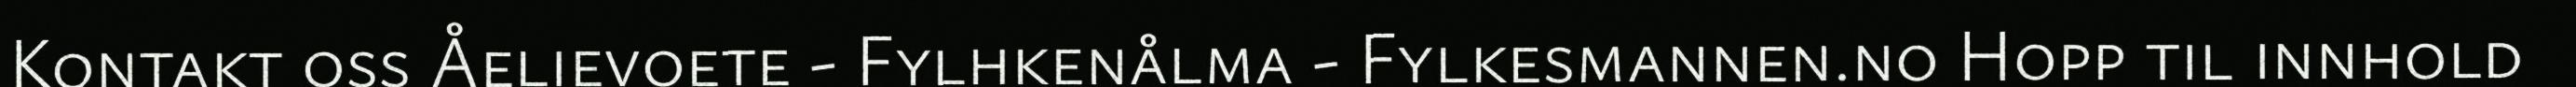
Kontakt oss Åelievoete - Fylhkenålma - Fylkesmannen.no Hopp til innhold